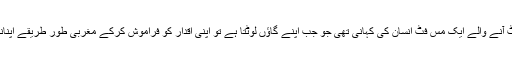
اپنے اس کھیل کے بارے میں ان کا کہنا تھا کہ ’یہ دراصل مغربی ملک سے بابو بن کر لوٹ آنے والے ایک مس فٹ انسان کی کہانی تھی جو جب اپنے گاؤں لوٹتا ہے تو اپنی اقدار کو فراموش کرکے مغربی طور طریقے اپنانے کی کوشش کرتا ہے اور انہیں دیگر گاؤں والوں پر بھی لاگو کرنے کی کوشش کرتا ہے۔